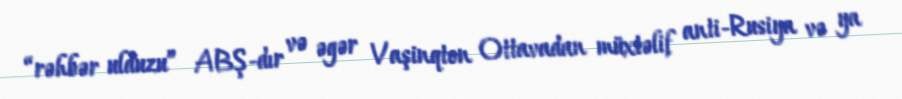
“rəhbər ulduzu” ABŞ-dır və əgər Vaşinqton Ottavadan müxtəlif anti-Rusiya və ya